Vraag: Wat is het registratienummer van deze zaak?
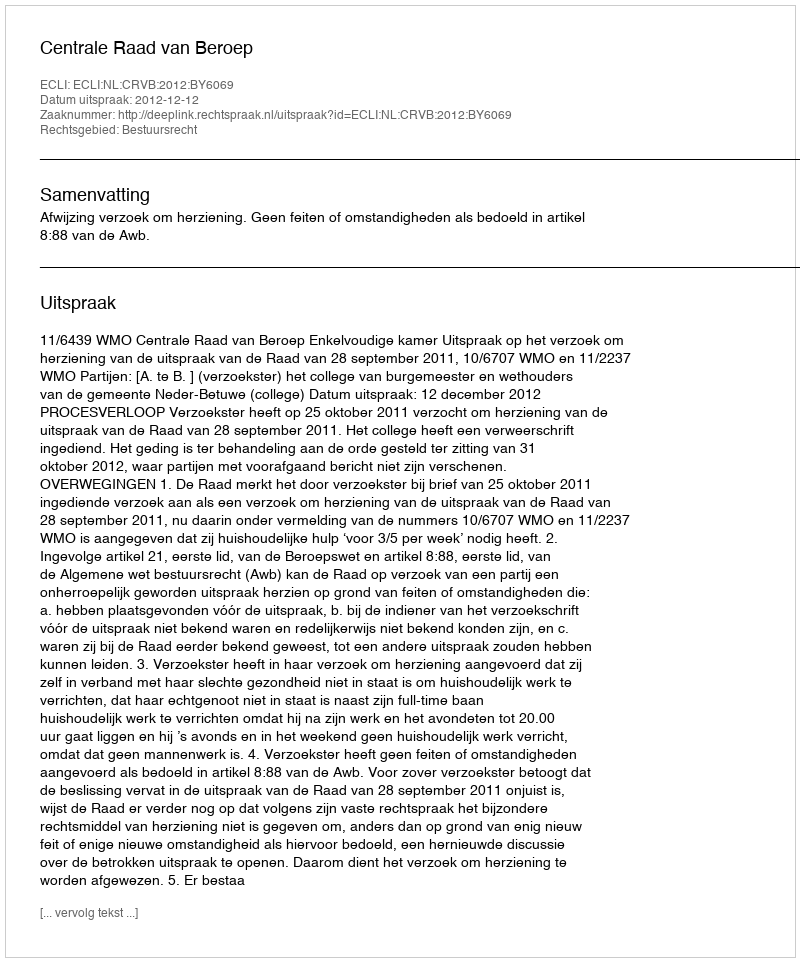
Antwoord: http://deeplink.rechtspraak.nl/uitspraak?id=ECLI:NL:CRVB:2012:BY6069